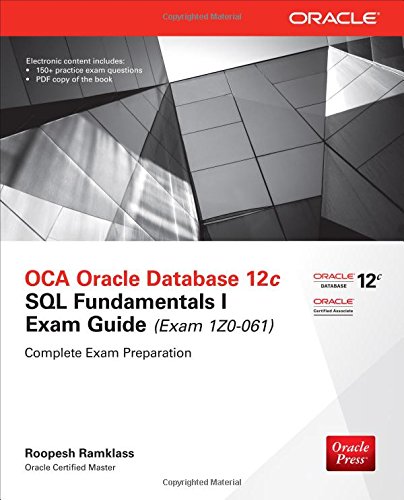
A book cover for OCA Oracle Database 12c SQL Fundamentals I Exam Guide (Exam 1Z0-061) (Oracle Press); Roopesh Ramklass; Computers & Technology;